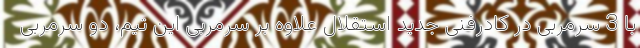
با 3 سرمربی در کادرفنی جدید استقلال علاوه بر سرمربی این تیم، دو سرمربی